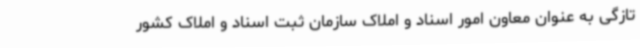
تازگی به عنوان معاون امور اسناد و املاک سازمان ثبت اسناد و املاک کشور